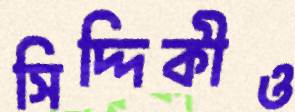
সিদ্দিকীও